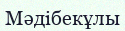
Мәдібекұлы